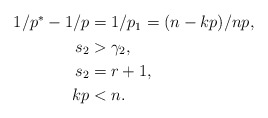
\begin{align*}\aligned 1/p^*-1/p&=1/p_1=(n-k p)/np,\\ s_2&>\gamma_2,\\ s_2&=r+1,\\ kp&<n.\endaligned\end{align*}